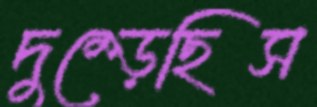
দুম্‌ড়েছিস